Note on the mental hospitals in Burma - 1925-1940
Year: 1925
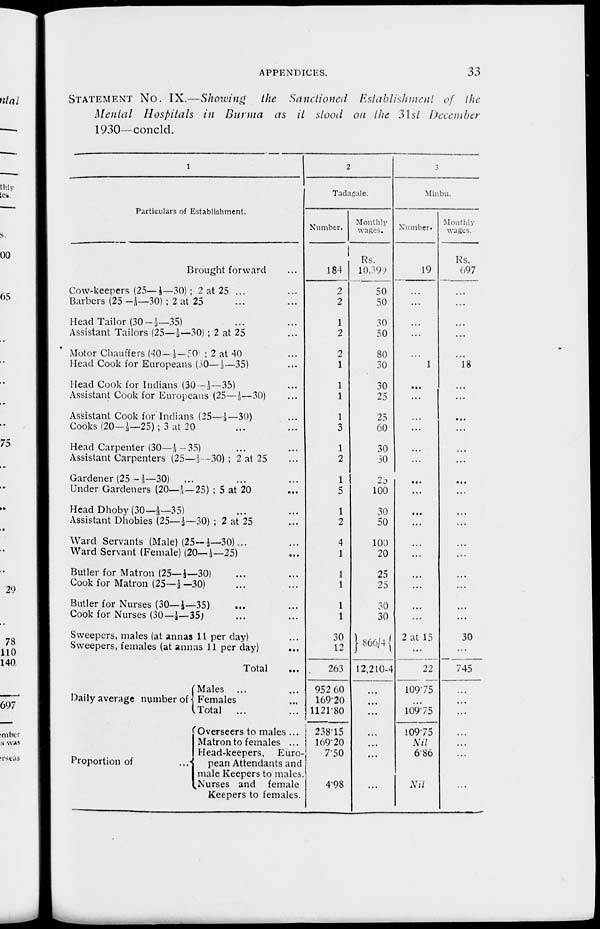
APPENDICES.
33
STATEMENT No. IX.—Showing the Sanctioned Establishment of the
Mental Hospitals in Burma as it stood on the 31st December
1930—concld.
1
Particulars of Establishment.
Brought forward ...
Cow-keepers (25—⅓—30) ; 2 at 25 ... ...
Barbers (25 —⅓—30) ; 2 at 25 ... ...
Head Tailor (30 —⅓—35) ... ...
Assistant Tailors (25—⅓—30) ; 2 at 25 ...
Motor Chauffers (40—⅓—50) 2 at 40 ...
Head Cook for Europeans (30—⅓—35) ...
Head Cook for Indians (30—⅓—35) ...
Assistant Cook for Europeans (25—⅓—30) ...
Assistant Cook for Indians (25—⅓—30) ...
Cooks (20— ⅓— 25); 3 at 20 ... ...
Head Carpenter (30—⅓—35) ... ...
Assistant Carpenters (25—⅓—30) ; 2 at 25 ...
Gardener (25—⅓—30) ... ...
Under Gardeners (20—⅓—25) ; 5 at 20 ...
Head Dhoby (30—⅓— 35) ... ...
Assistant Dhobies (25—⅓—30) ; 2 at 25 ...
Ward Servants (Male) (25—⅓—30)... ...
Ward Servant (Female) (20—⅓—25) ...
Butler for Matron (25—⅓—30) ... ...
Cook for Matron (25—⅓—30) ... ...
Butler for Nurses (30—⅓—35) ... ...
Cook for Nurses (30—⅓—35) ... ...
Sweepers, males (at annas 11 per day) ...
Sweepers, females (at annas 11 per day) ...
Total ...
Daily average number of
Proportion of
...
Males ... ...
Females ...
Total
... ...
Overseers to males ...
Matron to females ...
Head-keepers, Euro
pean Attendants and
male Keepers to males.
Nurses and female
Keepers to females.
2
Tadagale.
Number.
184
2
2
1
2
2
1
1
1
1
3
1
2
1
5
1
2
4
1
1
1
1
1
30
12
263
952.60
169.20
1121.80
238.15
169.20
7.50
4.98
Monthly
wages.
Rs.
10,399
50
50
30
50
80
30
30
25
25
60
30
50
28
100
30
50
100
20
25
25
30
30
866/4
12,210-4
...
...
...
...
...
...
...
3
Minbu.
Number.
19
...
...
...
...
...
1
...
...
...
...
...
...
...
...
...
...
...
...
...
...
...
...
2 at 15
...
22
109.75
...
109.75
109.75
Nil
6.86
Nil
Monthly
wages.
Rs.
697
...
...
...
...
...
18
...
...
...
...
...
...
...
...
...
...
...
...
...
...
...
...
30
...
745
...
...
...
...
...
...
...